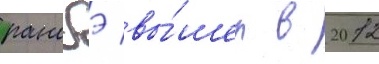
ранобэ вы́шел в 2012